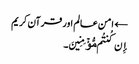
← امن عالم اور قرآن کریم
إِن کُنتُم مُّؤۡمِنِینَ۔